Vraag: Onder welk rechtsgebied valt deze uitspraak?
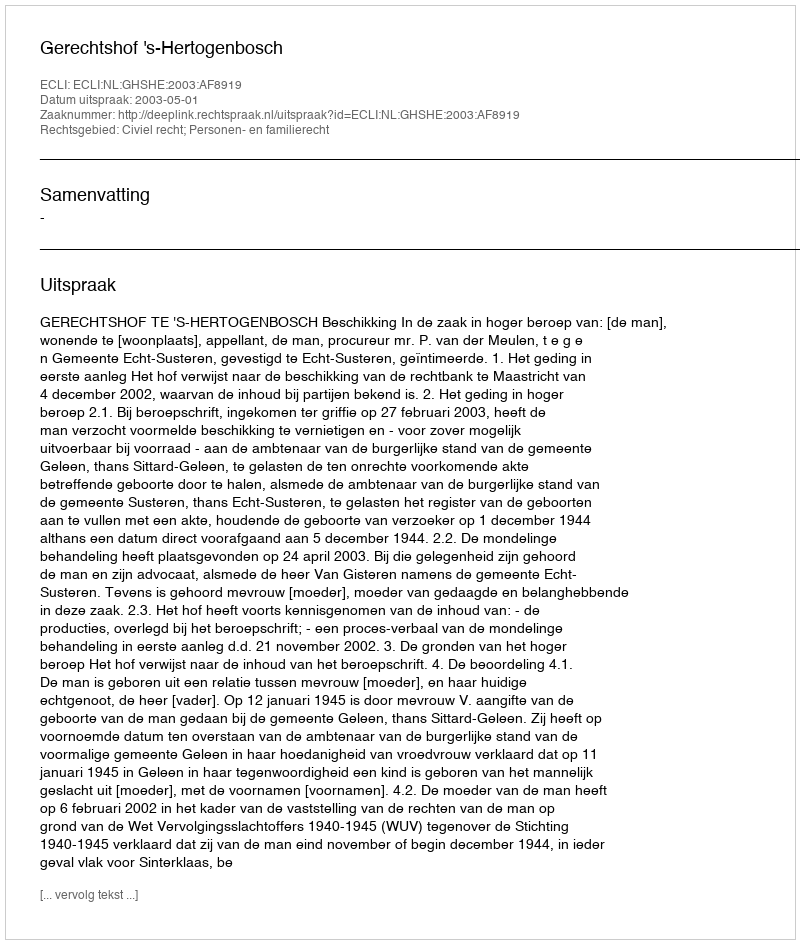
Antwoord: Civiel recht; Personen- en familierecht